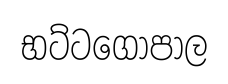
භට්ටගොපාල